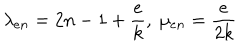
LaTeX: \lambda _ { e n } = 2 n - 1 + \frac { e } { k } , \ \mu _ { e n } = \frac { e } { 2 k }